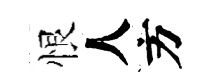
恨人方